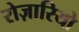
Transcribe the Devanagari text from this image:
रोज़ारियो